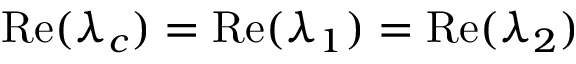
\mathrm { R e } ( \lambda _ { c } ) = \mathrm { R e } ( \lambda _ { 1 } ) = \mathrm { R e } ( \lambda _ { 2 } )